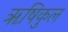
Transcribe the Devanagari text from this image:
ॠषिकुल